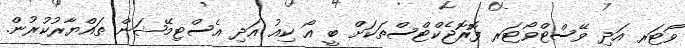
ވޯޓަރ އަދި ވޭސްޓްވޯޓަރ ފޮރޮޖެކްޓްސްތަކަށް ބީ އޯ ކިއު އަދި އެސްޓިމޭޝަން ތައްޔާރުކުރުން.